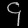
Digit: ၄